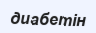
диабетін